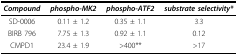
| Compound | phospho-MK2 | phospho-ATF2 | substrate selectivity* |
 | --- | --- | --- | --- |
 | SD-0006 | 0.11 ± 1.2 | 0.35 ± 1.1 | 3.3 |
 | BIRB 796 | 7.75 ± 1.3 | 0.92 ± 1.1 | 0.12 |
 | CMPD1 | 23.4 ± 1.9 | >400** | >17 |